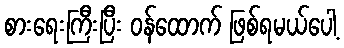
စားရေးကြီးပြီး ဝန်ထောက် ဖြစ်ရမယ်ပေါ့